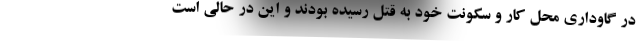
در گاوداری محل کار و سکونت خود به قتل رسیده بودند و این در حالی است